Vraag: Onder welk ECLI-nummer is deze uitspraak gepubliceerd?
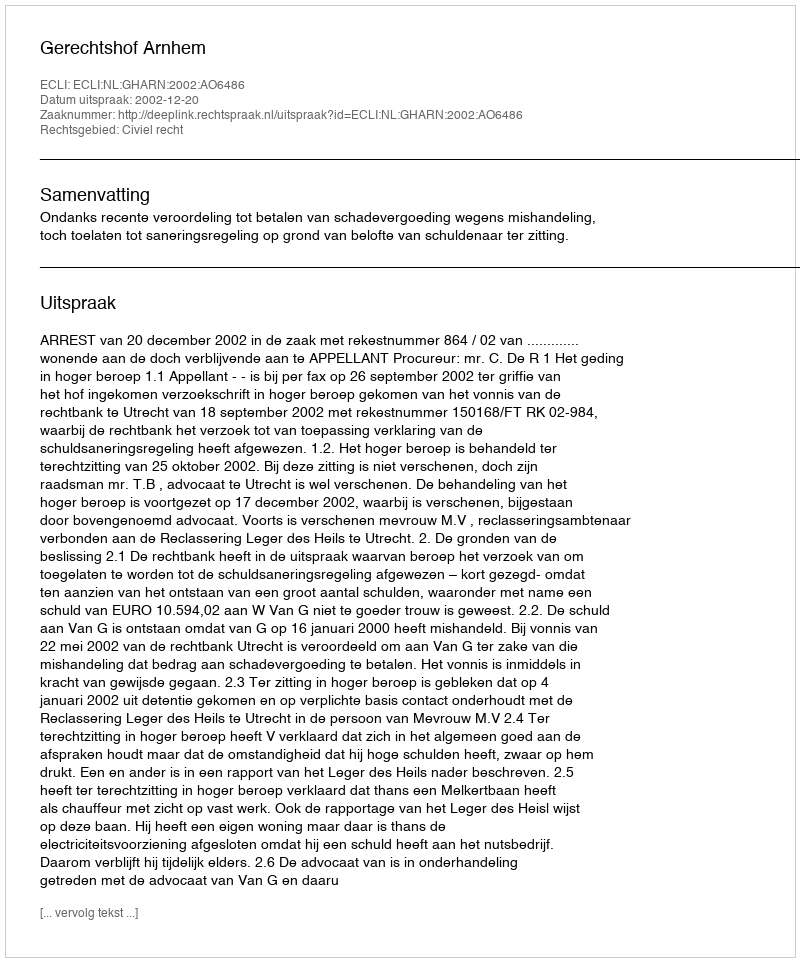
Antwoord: ECLI:NL:GHARN:2002:AO6486